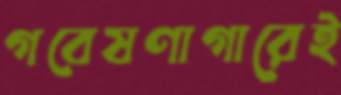
গবেষণাগারেই